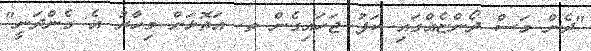
"ދެން މަސް ދޯންޏެއްގައި ކަފު ޖަހައިގެން ތ. އަތޮޅަށް މިހާރު އެ ގެންދަނީ"